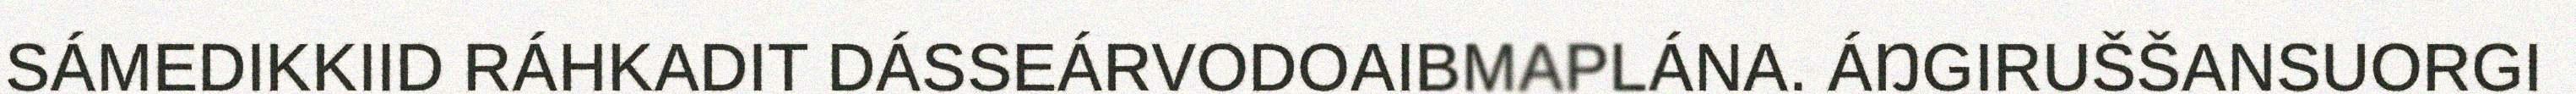
SÁMEDIKKIID RÁHKADIT DÁSSEÁRVODOAIBMAPLÁNA. ÁŊGIRUŠŠANSUORGI